Annual report on the lock hospitals of the Madras Presidency
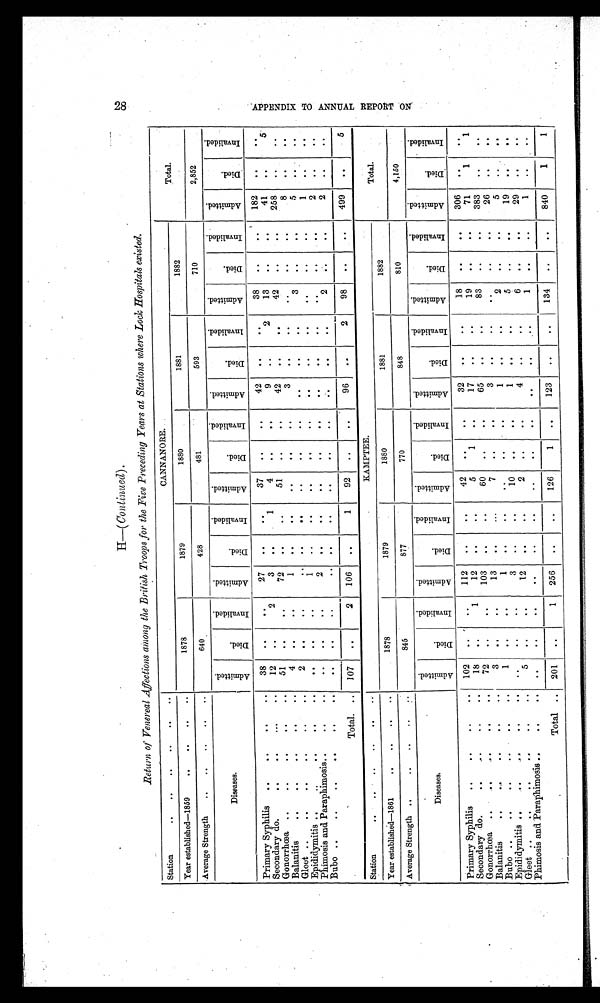
H—( Continued).
Return of Venereal Affections among the British Troops for the Five Preceding Years at Stations where Lock Hospitals existed.
Station
..
.. .. .. .. ..
CANNANORE.
Total.
Year established—1859
..
..
..
..
1878
1879
1880
1881
1882
Average Strength
..
..
..
..
..
640
428
481
593
710
2,852
Diseases.
A d m i t t e d .
D i e d .
I n v a l i d e d .
A d m i t t e d .
D i e d .
I n v a l i d e d .
A d m i t t e d .
D i e d .
I n v a l i d e d .
A d m i t t e d .
D i e d .
I n v a l i d e d .
A d m i t t e d .
D i e d .
I n v a l i d e d .
Admitted.
D i e d .
I n v a l i d e d .
Primary Syphilis
..
.. .. ..
38
. .
. .
27
. .
. .
37
. .
. .
42
. .
..
38
. .
. .
182
. .
. .
Secondary do.
..
..
..
..
12
..
2
3
. .
1
4 ..
. .
9
. .
2
13
..
. .
41
. .
5
Gonorrhœa ..
..
..
..
..
51
. .
. .
72
. .
..
51
. .
. .
42
. .
..
42
..
. .
258
. .
..
Balanitis
..
.. .. .. ..
4
..
. .
1
. .
..
. .
..
. .
3
..
..
. .
. .
. .
8
. . ..
Gleet .. .. .. .. .. ..
2
..
. .
. .
. .
. .
. .
. .
. .
. .
. .
. .
3
. .
. .
5
. .
. .
Epididymitis ..
..
..
..
..
. .
. .
. .
1
. .
..
. .
. .
. .
. .
. .
. .
. .
. .
. .
1
..
. .
Phimosis and Paraphimosis..
..
..
. .
. .
..
2
. .
..
. .
. .
. .
. .
. .
. .
. .
..
. .
2
.. ..
Bubo ..
.. .. .. .. ..
. .
. .
. .
. .
. .
. .
. .
. .
. .
. .
. .
. .
2
..
. .
2
..
. .
Total.
. . 107
. .
2
106
. .
1
92
..
..
96
..
2
98
. .
..
499
. .
5
Station
..
..
.. .. .. ..
KAMPTEE.
Total.
Year established—1861
..
.. .. ..
1878
1879
1880
1881
1882
Average Strength ..
..
..
..
845
877
770
848
810
4,150
Diseases.
A d m i t t e d .
D i e d .
I n v a l i d e d .
A d m i t t e d .
D i e d .
I n v a l i d e d .
A d m i t t e d .
D i e d .
I n v a l i d e d .
A d m i t t e d .
D i e d .
I n v a l i d e d .
A d m i t t e d .
D i e d .
I n v a l i d e d .
A d m i t t e d .
Died.
I n v a l i d e d .
Primary Syphilis
..
.. .. ..
102
..
. . 112
..
. .
42
. .
. .
32
. .
. .
18
. .
. .
306
. .
. .
Secondary do.
..
..
.. ..
18
. .
1
12
..
. .
5 1
. .
17
. .
. .
19
. .
. .
71
1
1
Gonorrhœa
..
..
..
..
..
72
. .
. . 103
. .
. .
60
..
. .
65
. .
. .
83
. .
. .
383
. .
. .
Balanitis
..
..
..
..
..
3
. .
..
13
. .
..
7
. .
. .
3
. .
. .
. .
. .
. .
26
..
. .
Bubo ..
.. .. .. .. ..
1
. .
. .
1
. .
..
. .
. .
. .
1
. .
. .
2
. .
. .
5
..
. .
Epididymitis ..
..
..
.. ..
. .
. .
. .
3
. .
. .
10
. .
. .
1
. .
. .
5
. .
. .
19
. .
. .
Gleet ..
.. .. ..
..
..
5
. .
. .
12
. .
. .
2
..
. .
4
. .
. .
6
. .
. .
29
..
. .
Phimosis and Paraphimosis ..
..
..
. .
. .
..
. .
..
. .
..
. .
. .
. .
. .
..
1
. .
. .
1
..
..
Total . .
201
. .
1
256
..
. .
126
1
. .
123
. .
. .
134
. .
. .
840
1
1
2 8 A P P E N D I X T O A N N U A L R E P O R T O N